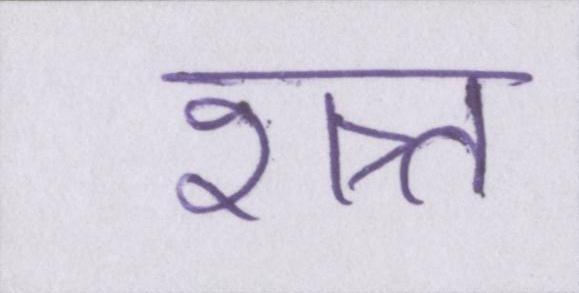
शत्र्त